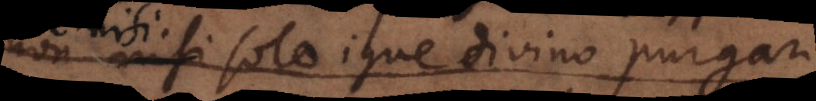
non nisi solo igne divino purgari